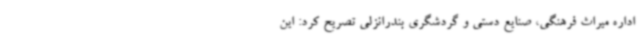
اداره میراث فرهنگی، صنایع دستی و گردشگری بندرانزلی تصریح کرد: این